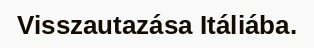
Visszautazása Itáliába.